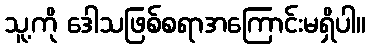
သူ့ကို ဒေါသဖြစ်စရာအကြောင်းမရှိပါ။